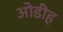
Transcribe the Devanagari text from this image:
ओडीह